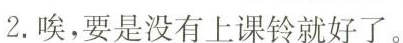
2.唉，要是没有上课铃就好了。